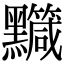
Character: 𪒹